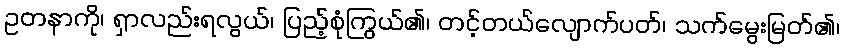
ဥတနာကို၊ ရှာလည်းရလွယ်၊ ပြည့်စုံကြွယ်၏၊ တင့်တယ်လျောက်ပတ်၊ သက်မွေးမြတ်၏၊